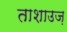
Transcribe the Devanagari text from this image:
ताशाउज़